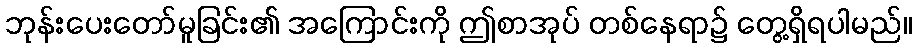
ဘုန်းပေးတော်မူခြင်း၏ အကြောင်းကို ဤစာအုပ် တစ်နေရာ၌ တွေ့ရှိရပါမည်။